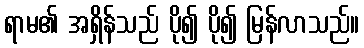
ရာမ၏ အရှိန်သည် ပို၍ ပို၍ မြန်လာသည်။